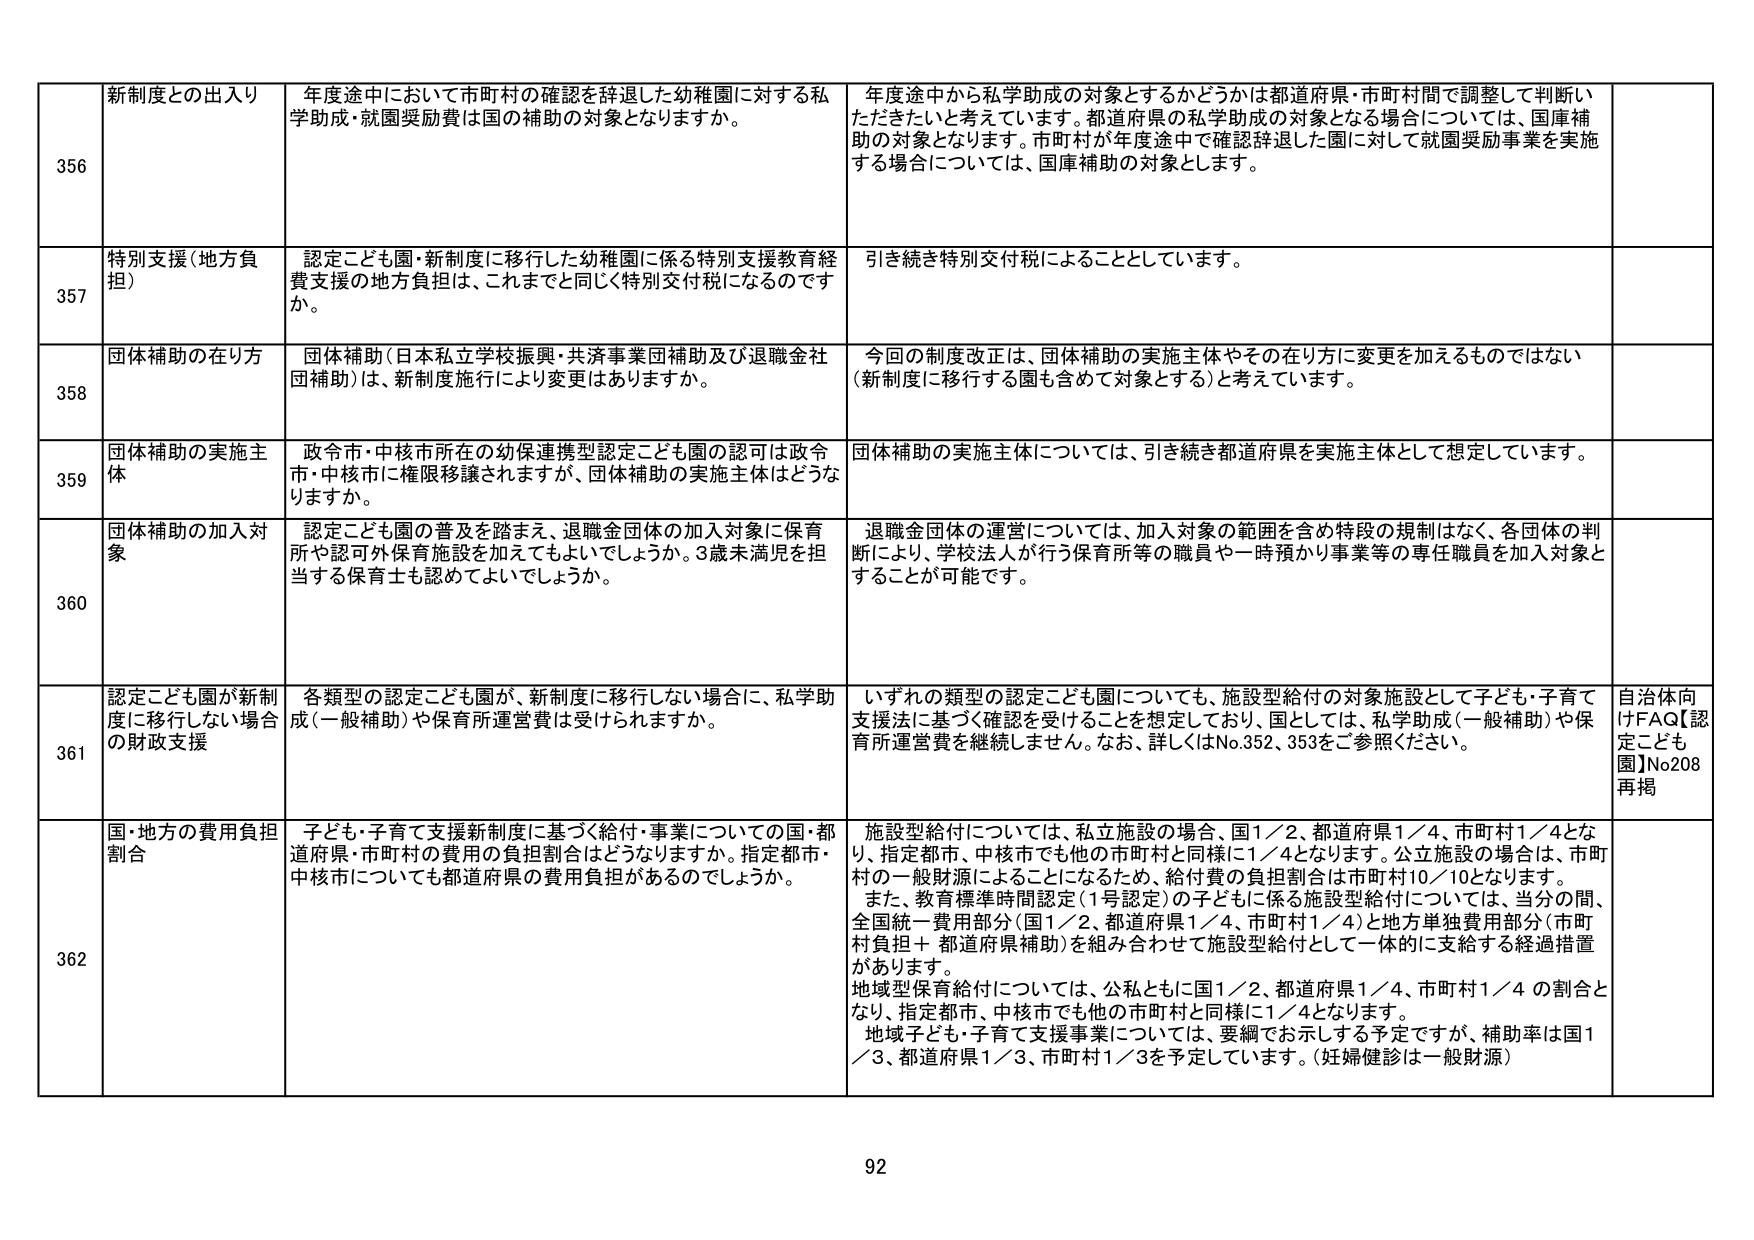
356 新制度との出入り 年度途中において市町村の確認を辞退した幼稚園に対する私学助成・就園奨励費は国の補助の対象となりますか。 年度途中から私学助成の対象とするかどうかは都道府県・市町村間で調整して判断いただきたいと考えています。都道府県の私学助成の対象となる場合については、国庫補助の対象となります。市町村が年度途中で確認辞退した園に対して就園奨励事業を実施する場合については、国庫補助の対象とします。

357 特別支援（地方負担） 認定こども園・新制度に移行した幼稚園に係る特別支援教育経費支援の地方負担は、これまでと同じく特別交付税になるのですか。 引き続き特別交付税によることとしています。

358 団体補助の在り方 団体補助（日本私立学校振興・共済事業団補助及び退職金団補助）は、新制度施行により変更はありますか。 今回の制度改正は、団体補助の実施主体やその在り方に変更を加えるものではない（新制度に移行する園も含めて対象とする）と考えています。

359 団体補助の実施主体 政令市・中核市所在の幼保連携型認定こども園の認可是政令市・中核市に権限移譲されますが、団体補助の実施主体はどうなりますか。 団体補助の実施主体については、引き続き都道府県を実施主体として想定しています。

360 団体補助の加入対象 認定こども園の普及を踏まえ、退職金団体の加入対象に保育所や認可外保育施設を加えてもよいでしょうか。3歳未満児を担当する保育士も認めてよいでしょうか。 退職金団体の運営については、加入対象の範囲を含め特段の規制はなく、各団体の判断により、学校法人が行う保育所等の職員や一時預かり事業等の専任職員を加入対象とすることが可能です。

361 認定こども園が新制度に移行しない場合の財政支援 各類型の認定こども園が、新制度に移行しない場合に、私学助成（一般補助）や保育所運営費は受けられますか。 いずれの類型の認定こども園についても、施設型給付の対象施設として子ども・子育て支援法に基づく確認を受けることを想定しており、国としては、私学助成（一般補助）や保育所運営費を継続しません。なお、詳しくはNo.352、353をご参照ください。 自治体向けFAQ【認定こども園】No.208 再掲

362 国・地方の費用負担割合 子ども・子育て支援新制度に基づく給付・事業についての国・都道府県・市町村の費用の負担割合はどうなりますか。指定都市・中核市についても都道府県の費用負担があるのでしょうか。 施設型給付については、私立施設の場合、国1／2、都道府県1／4、市町村1／4となり、指定都市、中核市でも他の市町村と同様に1／4となります。公立施設の場合は、市町村の一般財源によることになるため、給付費の負担割合は市町村10／10となります。 また、教育標準時間認定（1号認定）の子どもに係る施設型給付については、当分の間、全国統一費用部分（国1／2、都道府県1／4、市町村1／4）と地方単独費用部分（市町村負担＋都道府県補助）を組み合わせて施設型給付として一体的に支給する経過措置があります。 地域型保育給付については、公私ともに国1／2、都道府県1／4、市町村1／4 の割合となり、指定都市、中核市でも他の市町村と同様に1／4となります。 地域子ども・子育て支援事業については、要綱でお示しする予定ですが、補助率は国1／3、都道府県1／3、市町村1／3を予定しています。（妊婦健診は一般財源）

92